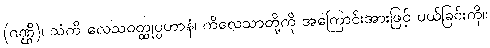
(ဂဏ္ဌိ)၊ သံကိ လေသဝတ္ထုပ္ပဟာနံ၊ ကိလေသာတို့ကို အကြောင်းအားဖြင့် ပယ်ခြင်းကို။